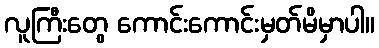
လူကြီးတွေ ကောင်းကောင်းမှတ်မိမှာပါ။